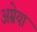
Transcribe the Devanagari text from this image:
अम्रेया